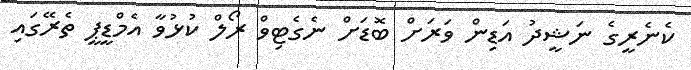
ކެނެރީގެ ނަޝީދު އަޑިން ވަރަށް ބޮޑަށް ނެގެޓިވް ރޯލް ކުޅުވާ އެމްޑީޕީ ތެރޭގައި